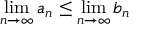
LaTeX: \operatorname* { l i m } _ { n \to \infty } a _ { n } \leq \operatorname* { l i m } _ { n \to \infty } b _ { n }